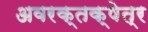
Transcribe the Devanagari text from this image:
अवरक्तक्षेत्र